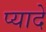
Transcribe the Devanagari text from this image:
प्‍यादे